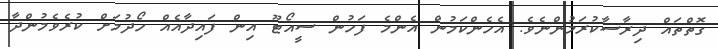
ގޮތްތައް ދިރާސާކުރަމުންނެވެ. އެހެންކަމުން އެންމެ ފަހުން ސީއޯޓޫ އިން ފައިދާއެއް ހޯދުމަށް ކުރެވެމުންދާ